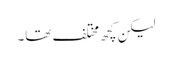
لیکن کچھ مختلف تھا۔